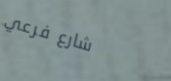
شارع فرعي